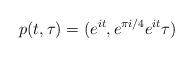
LaTeX: \begin{align*}p(t, \tau) = (e^{it}, e^{\pi i/4}e^{it}\tau)\end{align*}